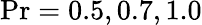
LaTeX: \mathrm{Pr}=0.5,0.7,1.0